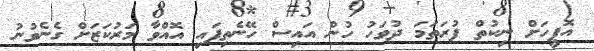
އޮފީހަށް ނިކުތް ފުރަތަމަ ދުވަހު ހުން އައިސް ހޭނެތިފައި އޮއްވާ މަރުކަޒަށް ގެނެވުނު